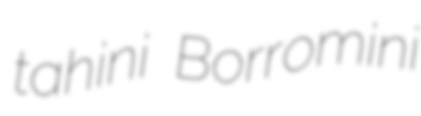
tahini Borromini